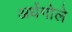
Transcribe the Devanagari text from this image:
अर्धगोले